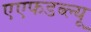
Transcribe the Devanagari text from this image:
एएफडब्ल्‍यू